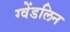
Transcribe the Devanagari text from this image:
ग्वेंडलिन